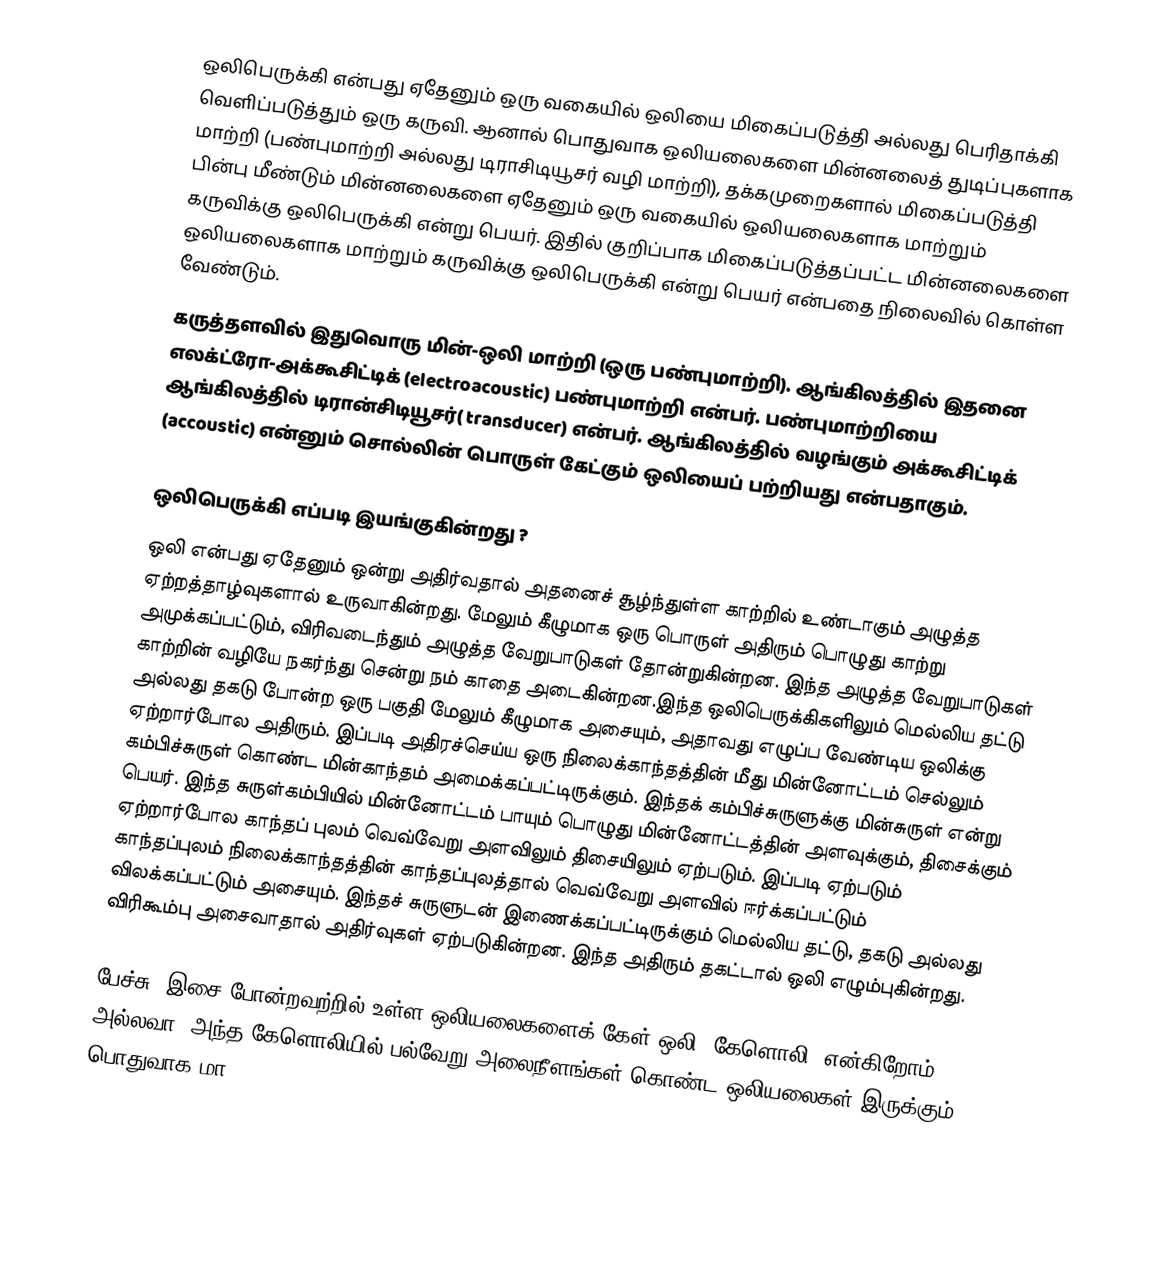
ஒலிபெருக்கி என்பது ஏதேனும் ஒரு வகையில் ஒலியை மிகைப்படுத்தி அல்லது பெரிதாக்கி வெளிப்படுத்தும் ஒரு கருவி. ஆனால் பொதுவாக ஒலியலைகளை மின்னலைத் துடிப்புகளாக மாற்றி (பண்புமாற்றி அல்லது டிராசிடியூசர் வழி மாற்றி), தக்கமுறைகளால் மிகைப்படுத்தி பின்பு மீண்டும் மின்னலைகளை ஏதேனும் ஒரு வகையில் ஒலியலைகளாக மாற்றும் கருவிக்கு ஒலிபெருக்கி என்று பெயர். இதில் குறிப்பாக மிகைப்படுத்தப்பட்ட மின்னலைகளை ஒலியலைகளாக மாற்றும் கருவிக்கு ஒலிபெருக்கி என்று பெயர் என்பதை நிலைவில் கொள்ள வேண்டும்.
கருத்தளவில் இதுவொரு மின்-ஒலி மாற்றி (ஒரு பண்புமாற்றி). ஆங்கிலத்தில் இதனை எலக்ட்ரோ-அக்கூசிட்டிக் (electroacoustic) பண்புமாற்றி என்பர். பண்புமாற்றியை ஆங்கிலத்தில் டிரான்சிடியூசர்( transducer) என்பர். ஆங்கிலத்தில் வழங்கும் அக்கூசிட்டிக் (accoustic) என்னும் சொல்லின் பொருள் கேட்கும் ஒலியைப் பற்றியது என்பதாகும்.

ஒலிபெருக்கி எப்படி இயங்குகின்றது ?
ஒலி என்பது ஏதேனும் ஒன்று அதிர்வதால் அதனைச் சூழ்ந்துள்ள காற்றில் உண்டாகும் அழுத்த ஏற்றத்தாழ்வுகளால் உருவாகின்றது. மேலும் கீழுமாக ஒரு பொருள் அதிரும் பொழுது காற்று அமுக்கப்பட்டும், விரிவடைந்தும் அழுத்த வேறுபாடுகள் தோன்றுகின்றன. இந்த அழுத்த வேறுபாடுகள் காற்றின் வழியே நகர்ந்து சென்று நம் காதை அடைகின்றன.இந்த ஒலிபெருக்கிகளிலும் மெல்லிய தட்டு அல்லது தகடு போன்ற ஒரு பகுதி மேலும் கீழுமாக அசையும், அதாவது எழுப்ப வேண்டிய ஒலிக்கு ஏற்றார்போல அதிரும். இப்படி அதிரச்செய்ய ஒரு நிலைக்காந்தத்தின் மீது மின்னோட்டம் செல்லும் கம்பிச்சுருள் கொண்ட மின்காந்தம் அமைக்கப்பட்டிருக்கும். இந்தக் கம்பிச்சுருளுக்கு மின்சுருள் என்று பெயர். இந்த சுருள்கம்பியில் மின்னோட்டம் பாயும் பொழுது மின்னோட்டத்தின் அளவுக்கும், திசைக்கும் ஏற்றார்போல காந்தப் புலம் வெவ்வேறு அளவிலும் திசையிலும் ஏற்படும். இப்படி ஏற்படும் காந்தப்புலம் நிலைக்காந்தத்தின் காந்தப்புலத்தால் வெவ்வேறு அளவில் ஈர்க்கப்பட்டும் விலக்கப்பட்டும் அசையும். இந்தச் சுருளுடன் இணைக்கப்பட்டிருக்கும் மெல்லிய தட்டு, தகடு அல்லது விரிகூம்பு அசைவாதால் அதிர்வுகள் ஏற்படுகின்றன. இந்த அதிரும் தகட்டால் ஒலி எழும்புகின்றது.

பேச்சு, இசை போன்றவற்றில் உள்ள ஒலியலைகளைக் கேள்-ஒலி (கேளொலி) என்கிறோம் அல்லவா, அந்த கேளொலியில் பல்வேறு அலைநீளங்கள் கொண்ட ஒலியலைகள் இருக்கும். பொதுவாக மா